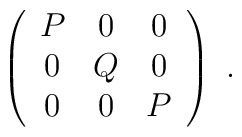
\left( \begin{array}{ccc}         P & 0 & 0 \\         0 & Q & 0 \\         0 & 0 & P        \end{array} \right)~.